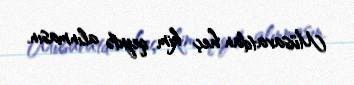
Müsavatdan heç kim qeydə alınmasın.